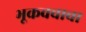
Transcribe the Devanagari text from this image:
भूकवचाचा